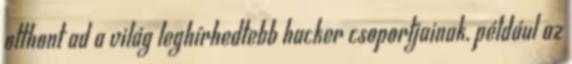
otthont ad a világ leghírhedtebb hacker csoportjainak, például az